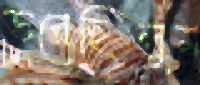
ভরেছিলুম